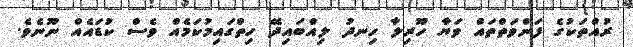
ރުއްތަކުގެ ފަންވަތްތައް ވަޔާ ހޫރިލާ ހިނދު ލިއްބައިދޭ ހިތްގައިމުކަމެއް ވެސް ކުޑައެއް ނޫނެވެ.